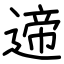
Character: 遆